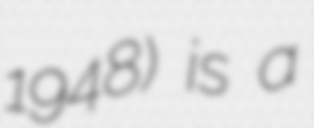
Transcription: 1948) is a